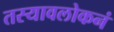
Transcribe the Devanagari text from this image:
तस्यावलोकनं